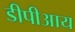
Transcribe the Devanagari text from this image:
डीपीआय